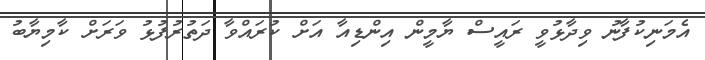
އެމަނިކުފާނު ވިދާޅުވީ ރައީސް ޔާމީން އިންޑިއާ އަށް ކުރައްވާ ދަތުރުފުޅު ވަރަށް ކާމިޔާބު